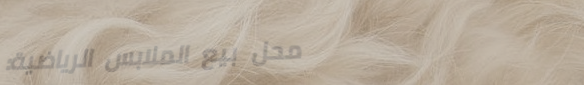
محل بيع الملابس الرياضية: